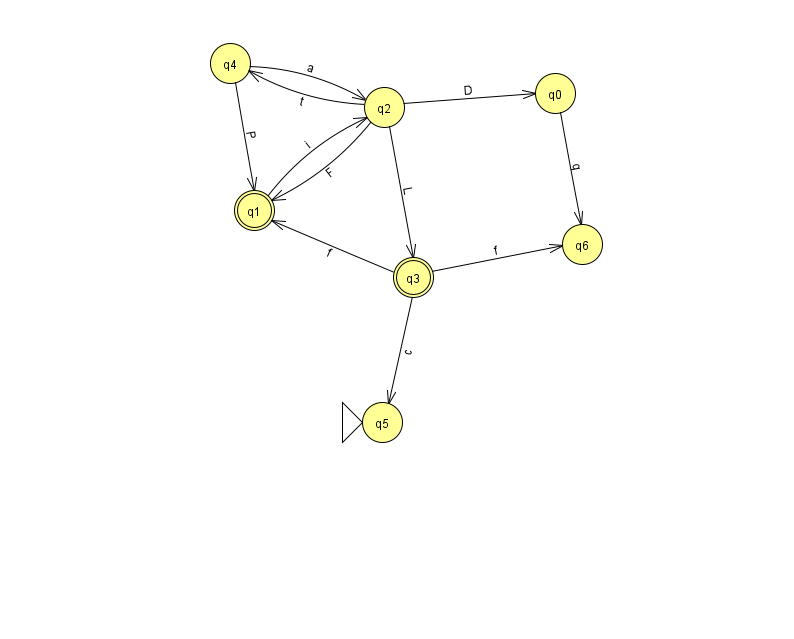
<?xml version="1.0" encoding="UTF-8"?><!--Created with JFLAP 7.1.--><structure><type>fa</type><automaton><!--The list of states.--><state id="0" name="q0"><x>555.0</x><y>80.0</y></state><state id="1" name="q1"><x>254.0</x><y>197.0</y><final/></state><state id="2" name="q2"><x>384.0</x><y>94.0</y></state><state id="3" name="q3"><x>413.0</x><y>264.0</y><final/></state><state id="4" name="q4"><x>230.0</x><y>50.0</y></state><state id="5" name="q5"><x>382.0</x><y>409.0</y><initial/></state><state id="6" name="q6"><x>582.0</x><y>231.0</y></state><!--The list of transitions.--><transition><from>3</from><to>5</to><read>c</read></transition><transition><from>2</from><to>3</to><read>L</read></transition><transition><from>2</from><to>1</to><read>F</read></transition><transition><from>2</from><to>0</to><read>D</read></transition><transition><from>2</from><to>4</to><read>t</read></transition><transition><from>3</from><to>6</to><read>f</read></transition><transition><from>1</from><to>2</to><read>i</read></transition><transition><from>3</from><to>1</to><read>f</read></transition><transition><from>0</from><to>6</to><read>q</read></transition><transition><from>4</from><to>2</to><read>a</read></transition><transition><from>4</from><to>1</to><read>P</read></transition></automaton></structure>